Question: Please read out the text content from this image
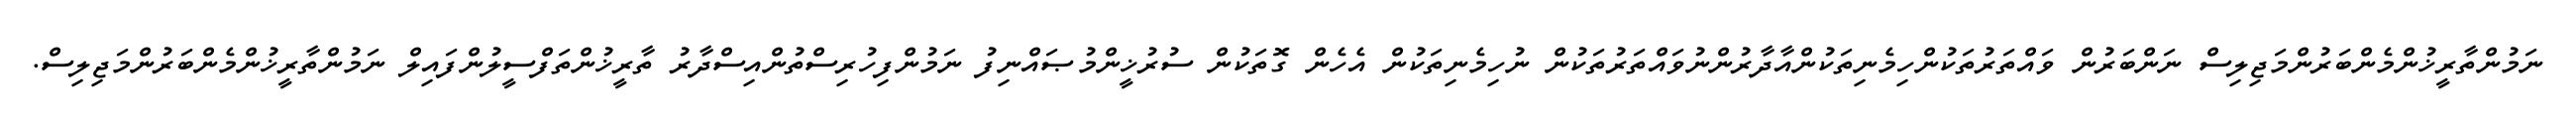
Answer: ނަމުންތާރީޚުންމެންބަރުންމަޖިލިސް ނަންބަރުން ވައްތަރުތަކުންހިމެނިތަކުންއާދާރުންނުވައްތަރުތަކުން ނުހިމެނިތަކުން އެހެން ގޮތަކުން ސުރުޚީންމުޞައްނިފު ނަމުންފިހުރިސްތުންއިސްދާރު ތާރީޚުންތަފްސީލުންފައިލް ނަމުންތާރީޚުންމެންބަރުންމަޖިލިސް.